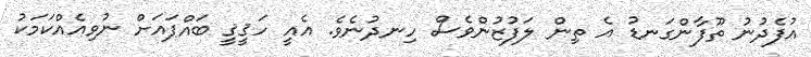
އުފެދުނު ތޫފާންގަނޑު އެ ތިން ލަފުޒުންވެސް ހިނދުނެވެ. އެއީ ހަޤީޤީ ބައްޕައަށް ނުވިއެއްކަމަކު